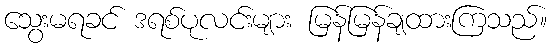
သွေးမရခင် ဒရစ်ပုလင်းများ မြန်မြန်ချထားကြသည်။